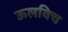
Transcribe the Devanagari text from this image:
ऊलविच